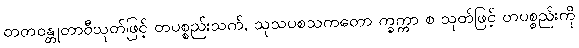
တတဝန္တုတာဝီသုတ်ဖြင့် တပစ္စည်းသက်, သုသပစသကတော က္ခက္ကာ စ သုတ်ဖြင့် တပစ္စည်းကို